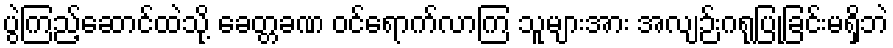
ပွဲကြည့်ဆောင်ထဲသို့ ခေတ္တခဏ ဝင်ရောက်လာကြ သူများအား အလျဉ်းဂရုပြုခြင်းမရှိဘဲ